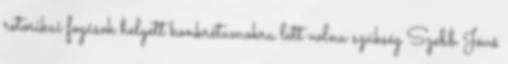
retorikai fogások helyett konkrétumokra lett volna szükség Szebb Jövő